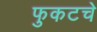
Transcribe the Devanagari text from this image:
फुकटचे